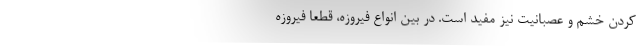
کردن خشم و عصبانیت نیز مفید است. در بین انواع فیروزه، قطعا فیروزه